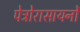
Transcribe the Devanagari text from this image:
पेट्रोरासायनों